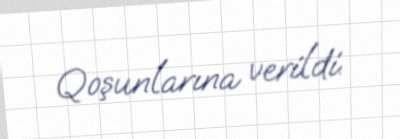
Qoşunlarına verildi.